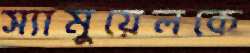
স্যামুয়েলকে